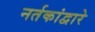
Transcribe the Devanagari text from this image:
नर्तकांद्वारे